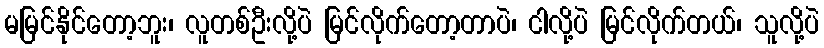
မမြင်နိုင်တော့ဘူး၊ လူတစ်ဦးလို့ပဲ မြင်လိုက်တော့တာပဲ၊ ငါလို့ပဲ မြင်လိုက်တယ်၊ သူလို့ပဲ